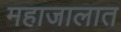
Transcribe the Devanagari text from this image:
महाजालात